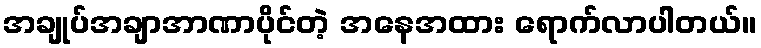
အချုပ်အချာအာဏာပိုင်တဲ့ အနေအထား ရောက်လာပါတယ်။